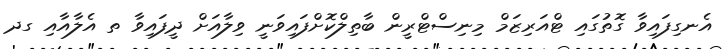
އެނގިފައިވާ ގޮތުގައި ޓްއަރިޒަމް މިނިސްޓްރީން ބާތިލްކޮށްފައިވަނީ ވިލާއަށް ދީފައިވާ ތ އެލާއާއި ގދ